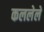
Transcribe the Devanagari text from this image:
कललेले